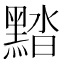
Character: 䵬